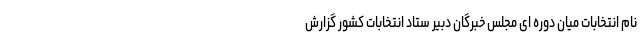
نام انتخابات میان دوره ای مجلس خبرگان دبیر ستاد انتخابات کشور گزارش